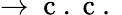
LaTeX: \rightarrow\mathrm{~c~.~c~.~}